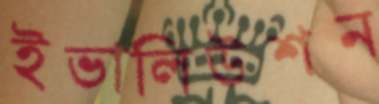
ইভালিউশন